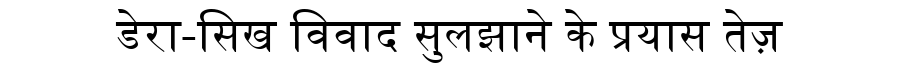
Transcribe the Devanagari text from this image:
डेरा-सिख विवाद सुलझाने के प्रयास तेज़